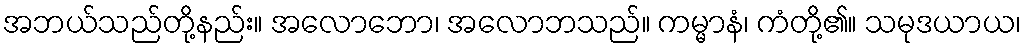
အဘယ်သည်တို့နည်း။ အလောဘော၊ အလောဘသည်။ ကမ္မာနံ၊ ကံတို့၏။ သမုဒယာယ၊